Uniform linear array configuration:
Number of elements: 48
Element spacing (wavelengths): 0.75
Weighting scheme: binomial
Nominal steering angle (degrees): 45
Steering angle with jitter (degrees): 44.176
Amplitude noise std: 0.05
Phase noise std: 0.05

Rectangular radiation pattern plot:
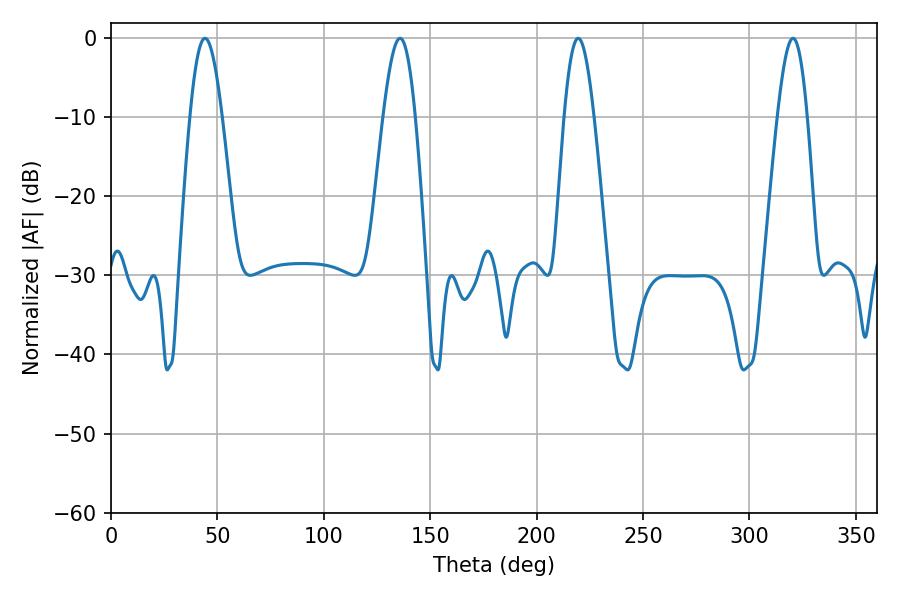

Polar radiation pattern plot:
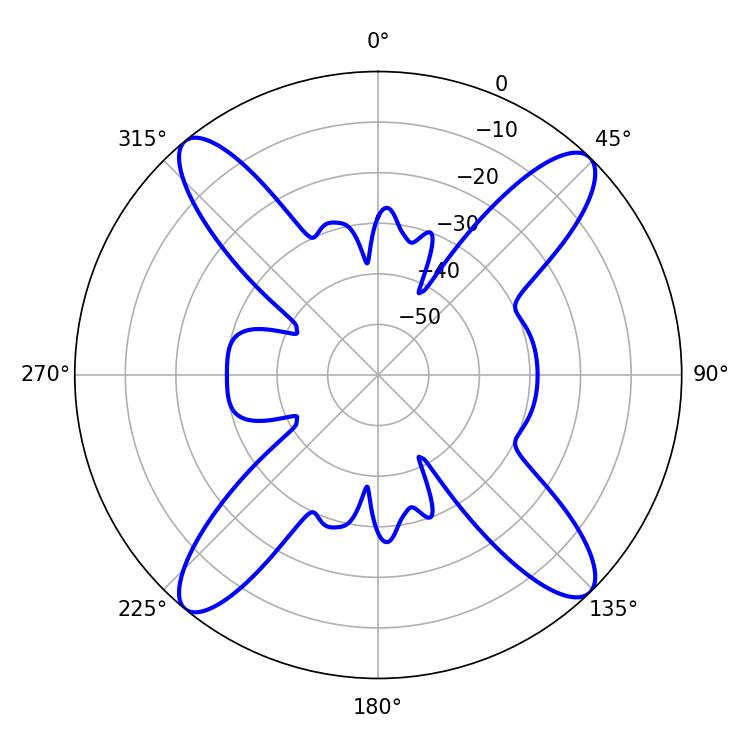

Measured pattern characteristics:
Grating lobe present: TRUE
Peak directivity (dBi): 17.747
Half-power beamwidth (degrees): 8.1
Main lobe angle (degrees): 44.1